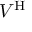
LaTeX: V ^ { \operatorname { H } }